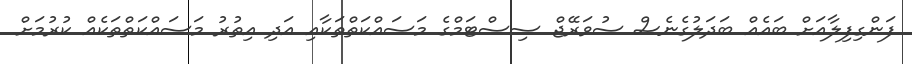
ފަންގިފިލާއަށް ބައެއް ބަދަލުގެނެސް ސުވަރޭޖް ސިސްޓަމްގެ މަސައްކަތްތަކާއި އަދި އިތުރު މަސައްކަތްތަކެއް ކުރުމަށް